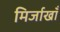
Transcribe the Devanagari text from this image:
मिर्जाखाँ